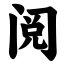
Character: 阅